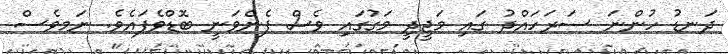
ދަނޑު ހުންނަ ސަރަހައްދު ގައި މަޖީދީ މަގުގައި ވެސް ފެންވަނީ ބޮޑްވެފައެވެ. ނަމވެސް